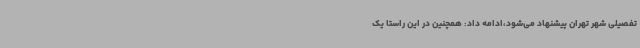
تفصیلی شهر تهران پیشنهاد می‌شود،ادامه داد: همچنین در این راستا یک